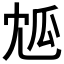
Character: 𤫯